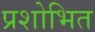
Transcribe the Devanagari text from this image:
प्रशोभित